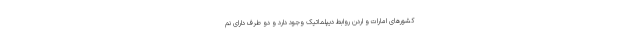
کشورهای امارات و اردن روابط دیپلماتیک وجود دارد و دو طرف دارای نم